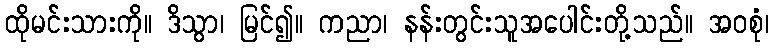
ထိုမင်းသားကို။ ဒိသွာ၊ မြင်၍။ ကညာ၊ နန်းတွင်းသူအပေါင်းတို့သည်။ အဝစုံ၊